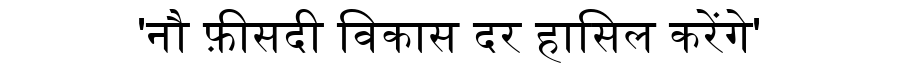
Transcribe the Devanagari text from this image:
'नौ फ़ीसदी विकास दर हासिल करेंगे'